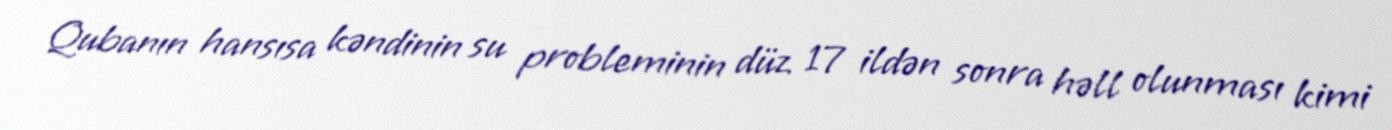
Qubanın hansısa kəndinin su probleminin düz 17 ildən sonra həll olunması kimi